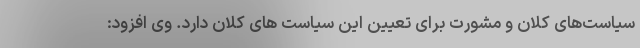
سیاست‌های کلان و مشورت برای تعیین این سیاست های کلان دارد. وی افزود: